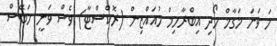
ހަ ވަނަ މަގާމް ހޯދި އިބްރާހިމް މުއައްޒިން (ރޮކްސްޓާ) ވެސް ވަނީ ހަބޭސް